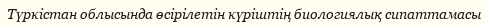
Түркістан облысында өсірілетін күріштің биологиялық сипаттамасы